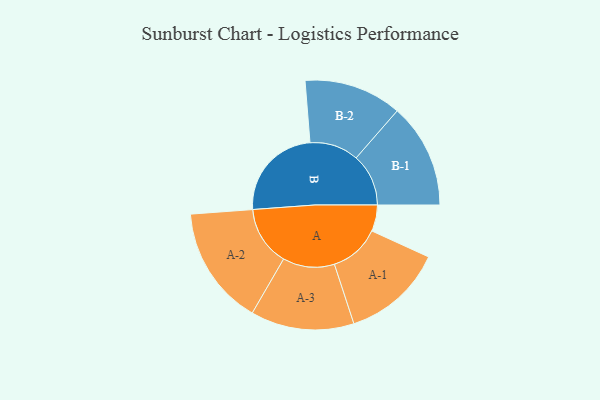
{"axis": {"x": "Segment", "y": "Value"}, "legend": ["", "A", "B"], "data": [{"x": "A", "y": 123, "type": ""}, {"x": "B", "y": 449, "type": ""}, {"x": "A-1", "y": 237, "type": "A"}, {"x": "A-2", "y": 279, "type": "A"}, {"x": "A-3", "y": 242, "type": "A"}, {"x": "B-1", "y": 245, "type": "B"}, {"x": "B-2", "y": 229, "type": "B"}]}